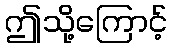
ဤသို့ကြောင့်